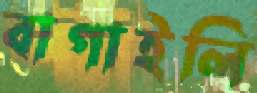
বাগাইলি